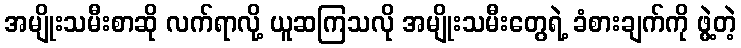
အမျိုးသမီးစာဆို လက်ရာလို့ ယူဆကြသလို အမျိုးသမီးတွေရဲ့ ခံစားချက်ကို ဖွဲ့တဲ့